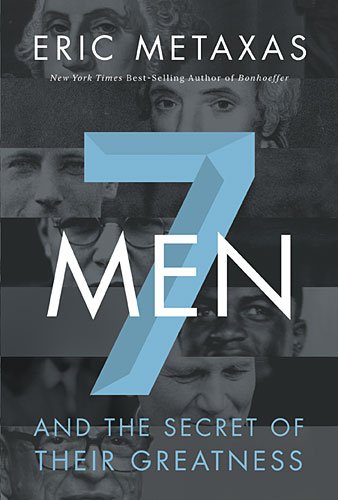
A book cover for Seven Men: And the Secret of Their Greatness; Eric Metaxas; Biographies & Memoirs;